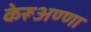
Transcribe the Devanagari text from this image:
केरूअण्णा